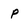
Character: p